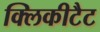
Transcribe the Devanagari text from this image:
क्लिकीटैट